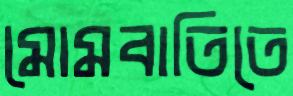
মোমবাতিতে